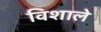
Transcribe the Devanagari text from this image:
विशाले